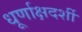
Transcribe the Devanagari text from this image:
धूर्णाक्षदर्शी